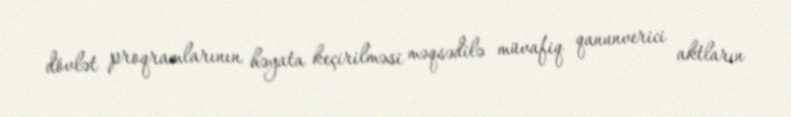
dövlət proqramlarının həyata keçirilməsi məqsədilə müvafiq qanunverici aktların